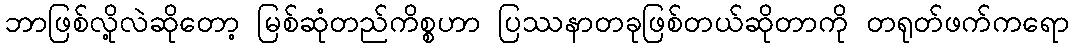
ဘာဖြစ်လို့လဲဆိုတော့ မြစ်ဆုံတည်ကိစ္စဟာ ပြဿနာတခုဖြစ်တယ်ဆိုတာကို တရုတ်ဖက်ကရော